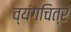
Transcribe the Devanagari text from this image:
व्यंगचित्रं